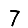
Digit: 7